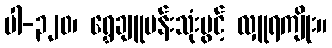
ပါ-၃၂၀၊ ရွှေချူပန်းသုံးပွင့် လှူရကျိုး။